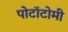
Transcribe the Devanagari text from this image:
पोटॉटोमी